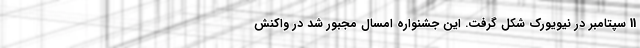
11 سپتامبر در نیویورک شکل گرفت. این جشنواره امسال مجبور شد در واکنش